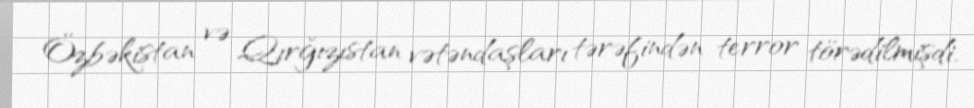
Özbəkistan və Qırğızıstan vətəndaşları tərəfindən terror törədilmişdi.